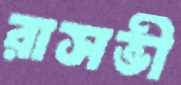
রাসভী